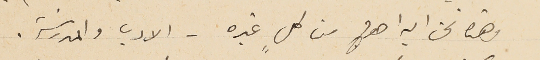
وهنا نحن اليه احوج من كلٍ غيره - الادب والمدرسَة.